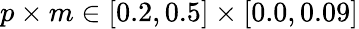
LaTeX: p\times m\in[0.2,0.5]\times[0.0,0.09]